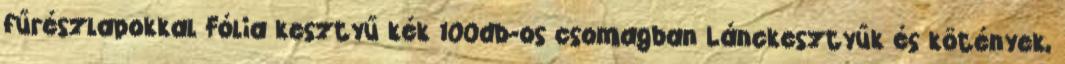
fűrészlapokkal Fólia kesztyű kék 100db-os csomagban Lánckesztyűk és kötények,